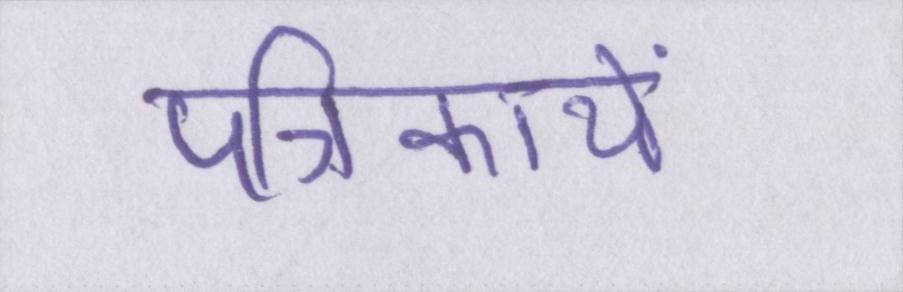
पत्रिकायें